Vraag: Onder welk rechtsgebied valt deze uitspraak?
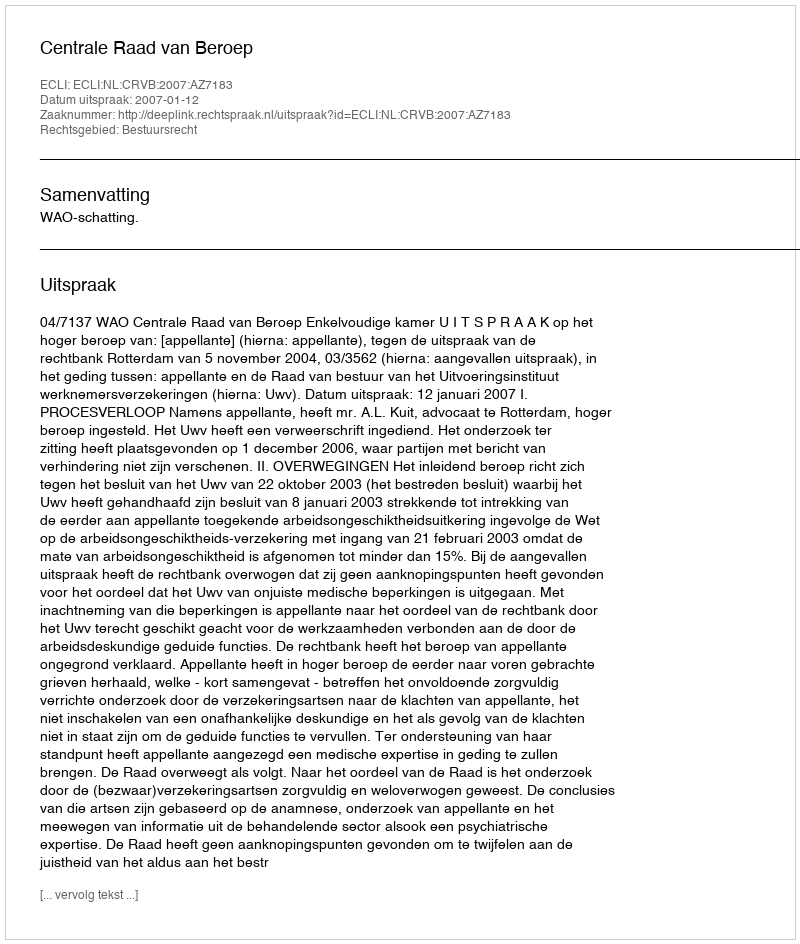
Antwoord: Bestuursrecht